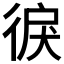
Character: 𱝲